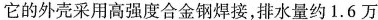
它的外壳采用高强度合金钢焊接，排水量约1.6万